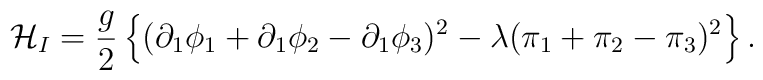
{\cal H}_I = \frac{g}{2} \left\{  (\partial_1\phi_1 + \partial_1\phi_2 - \partial_1\phi_3)^2 - \lambda (\pi_1 + \pi_2 - \pi_3)^2 \right\}.